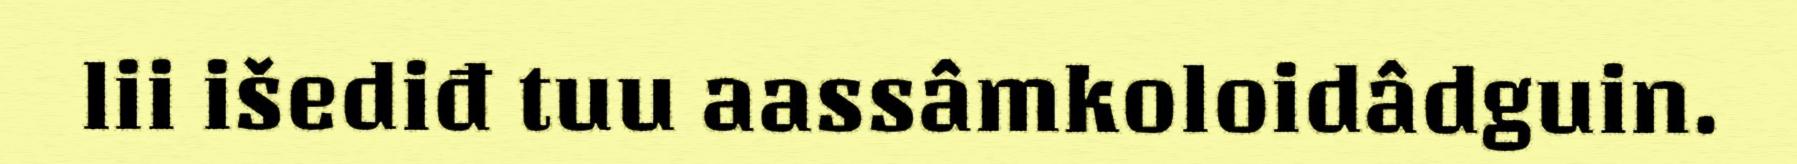
lii išediđ tuu aassâmkoloidâdguin.